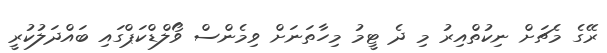
ރޭގެ މެޗަށް ނިކުތްއިރު މި ދެ ޓީމު މިހާތަނަށް ވިމެންސް ވޯލްޑްކަޕްގައި ބައްދަލުކުރީ